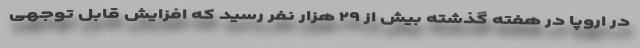
در اروپا در هفته گذشته بیش از ۲۹ هزار نفر رسید که افزایش قابل توجهی